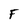
Character: F